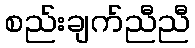
စည်းချက်ညီညီ